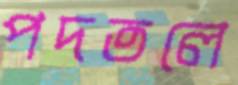
পদতলে